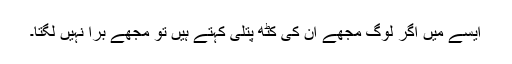
ایسے میں اگر لوگ مجھے ان کی کٹھ پتلی کہتے ہیں تو مجھے برا نہیں لگتا۔